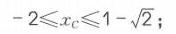
\(-2\leqslant x_{C}\leqslant1 - \sqrt{2}\)